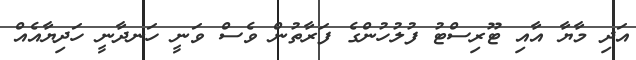
އަދި މާޔާ އާއި ޓޫރިސްޓު ފުލުހުންގެ ފަރާތުން ވެސް ވަނީ ހަނދާނީ ހަދިޔާއެއް